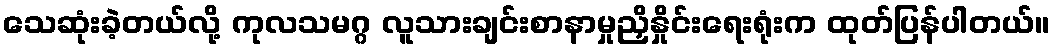
သေဆုံးခဲ့တယ်လို့ ကုလသမဂ္ဂ လူသားချင်းစာနာမှုညှိနှိုင်းရေးရုံးက ထုတ်ပြန်ပါတယ်။